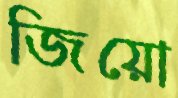
জিয়ো